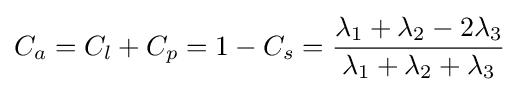
C_{a}=C_{l}+C_{p}=1-C_{s}={\frac {\lambda _{1}+\lambda _{2}-2\lambda _{3}}{\lambda _{1}+\lambda _{2}+\lambda _{3}}}